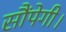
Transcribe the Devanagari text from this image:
सौंपेगी।